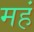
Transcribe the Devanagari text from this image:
महं